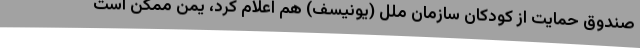
صندوق حمایت از کودکان سازمان ملل (یونیسف) هم اعلام کرد، یمن ممکن است